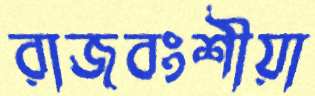
রাজবংশীয়া